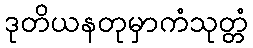
ဒုတိယနတုမှာကံသုတ္တံ